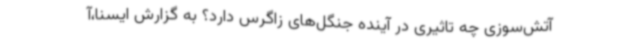
آتش‌سوزی چه تاثیری در آینده جنگل‌های زاگرس دارد؟ به گزارش ایسنا،آ